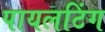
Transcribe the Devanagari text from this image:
पायलटिंग